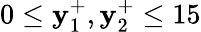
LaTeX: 0\leq\mathbf{y}_{1}^{+},\mathbf{y}_{2}^{+}\leq15